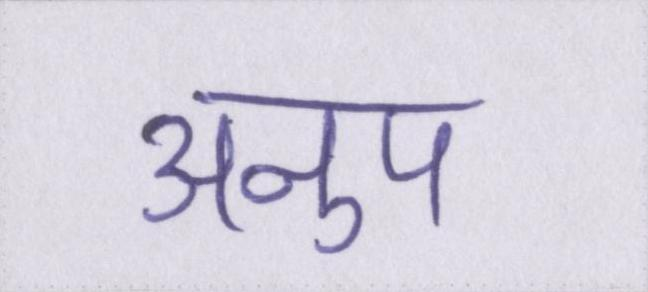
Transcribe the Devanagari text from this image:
अनुप